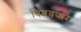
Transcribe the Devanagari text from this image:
बिंबवणारे